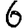
Digit: 6